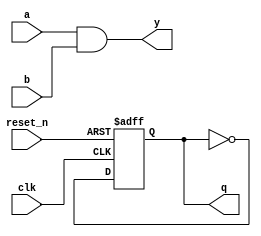
module example (
    input wire clk,          // Clock input
    input wire reset_n,     // Active low reset
    input wire a,           // Input signal a
    input wire b,           // Input signal b
    output reg y,           // Output signal y (for combinational logic)
    output reg q            // Output signal q (for sequential logic)
);

// Combinational logic using always @*
always @* begin
    // Example: simple AND gate
    y = a & b;  // Output y is the AND of inputs a and b
end

// Sequential logic using always @(posedge clk)
always @(posedge clk or negedge reset_n) begin
    if (!reset_n) begin
        q <= 1'b0;  // Reset output q to 0
    end else begin
        // Example: toggle output q on each clock edge
        q <= ~q;   // Toggle output q
    end
end

endmodule